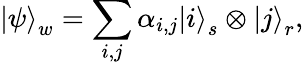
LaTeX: \left|\psi\right\rangle_{w}=\sum_{i,j}\alpha_{i,j}\left|i\right\rangle_{s}\otimes\left|j\right\rangle_{r},